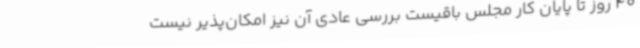
40 روز تا پایان کار مجلس باقیست بررسی عادی آن نیز امکان‌پذیر نیست